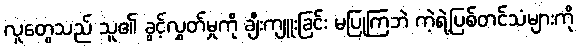
လူတွေသည် သူ၏ ခွင့်လွှတ်မှုကို ချီးကျူးခြင်း မပြုကြဘဲ ကဲ့ရဲ့ပြစ်တင်သံများကို